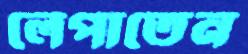
লেপাতেন